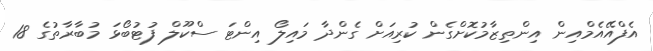
އެފްއޭއެމްއިން އިންތިޒާމުކޮށްގެން ކުރިއަށް ގެންދާ މައިލޯ އިންޓަ ސްކޫލް ފުޓުބޯޅަ މުބާރާތުގެ 18